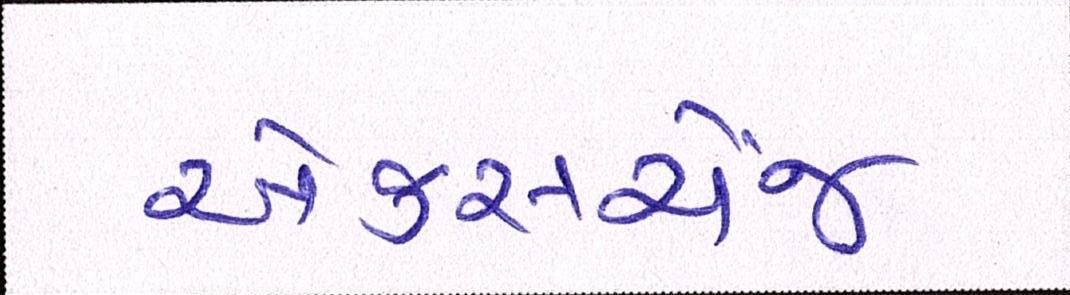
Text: એક્સચેંજ